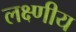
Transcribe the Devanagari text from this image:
लक्ष्णीय